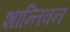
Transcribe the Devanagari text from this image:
शान्तिवन